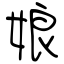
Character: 娘